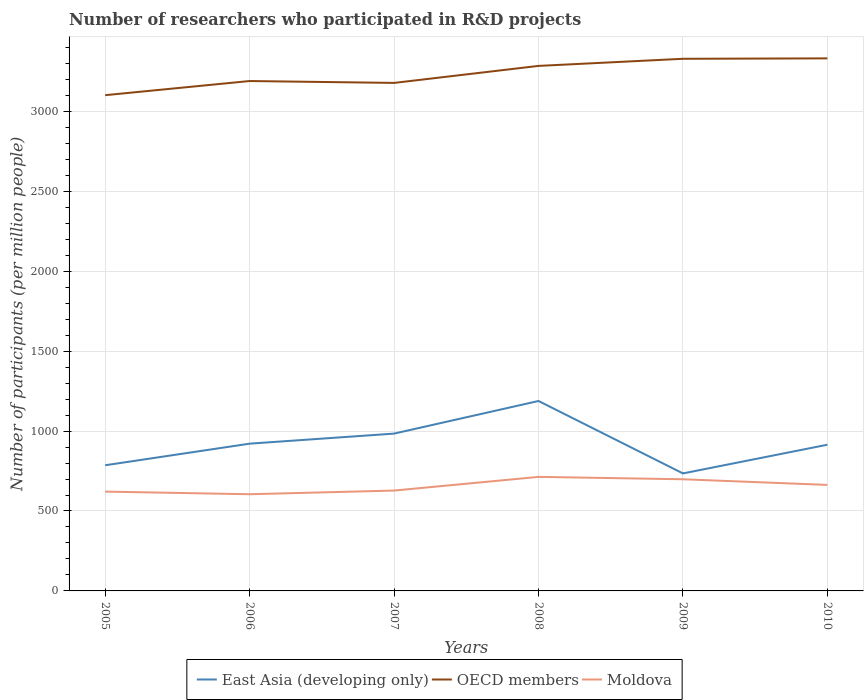
| Years | East Asia (developing only) | OECD members | Moldova |
 | --- | --- | --- | --- |
 | 2005 | 786 | 3.1e+03 | 621 |
 | 2006 | 921 | 3.19e+03 | 605 |
 | 2007 | 984 | 3.18e+03 | 628 |
 | 2008 | 1.19e+03 | 3.28e+03 | 713 |
 | 2009 | 735 | 3.33e+03 | 699 |
 | 2010 | 915 | 3.33e+03 | 663 |